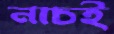
নাচই